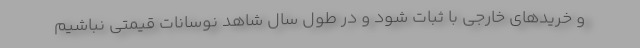
و خریدهای خارجی با ثبات شود و در طول سال شاهد نوسانات قیمتی نباشیم